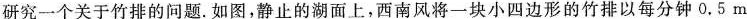
研究一个关于竹排的问题。如图，静止的湖面上，西南风将一块小四边形的竹排以每分钟0.5 m